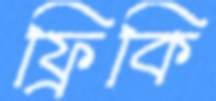
ফ্রিকি